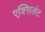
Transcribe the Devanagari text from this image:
एक्सिलंट